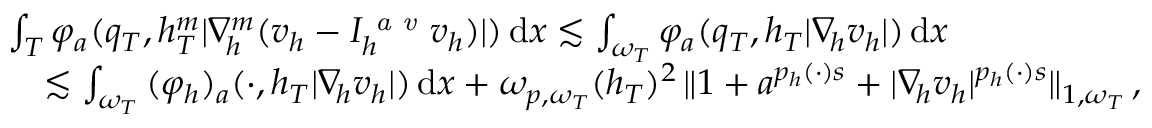
\begin{array} { r l } & { \int _ { T } { \varphi _ { a } ( q _ { T } , h _ { T } ^ { m } \vert \nabla _ { \! h } ^ { m } ( v _ { h } - I _ { h } ^ { \textit { a v } } v _ { h } ) \vert ) \, \mathrm { d } x } \lesssim \int _ { \omega _ { T } } { \varphi _ { a } ( q _ { T } , h _ { T } \vert \nabla _ { \! h } v _ { h } \vert ) \, \mathrm { d } x } } \\ & { \quad \lesssim \int _ { \omega _ { T } } { ( \varphi _ { h } ) _ { a } ( \cdot , h _ { T } \vert \nabla _ { \! h } v _ { h } \vert ) \, \mathrm { d } x } + \omega _ { p , \omega _ { T } } ( h _ { T } ) ^ { 2 } \, \| 1 + a ^ { p _ { h } ( \cdot ) s } + \vert \nabla _ { \! h } v _ { h } \vert ^ { p _ { h } ( \cdot ) s } \| _ { 1 , \omega _ { T } } \, , } \end{array}